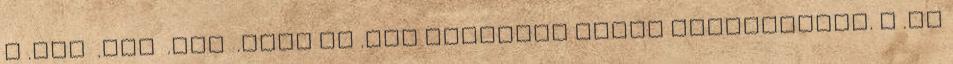
a .com .net .org .info és .biz címeknél lehet biztosítani. A .hu